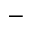
^ -